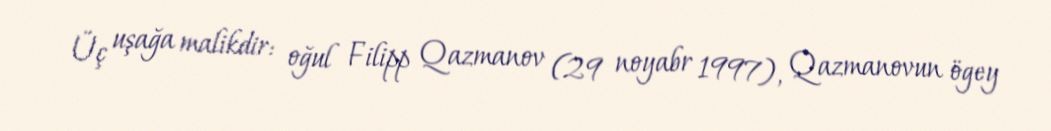
Üç uşağa malikdir: oğul Filipp Qazmanov (29 noyabr 1997), Qazmanovun ögey